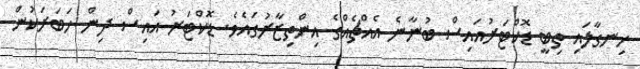
ހިނގާލައި ތިބީ ޑޮކްޓަރުއައިސް ބުނާނެ އެއްޗެއްގެ އިންތިޒާރުގައެވެ. ޑޮކްޓަރު އައިސް ދިން ހަބަރަކުން